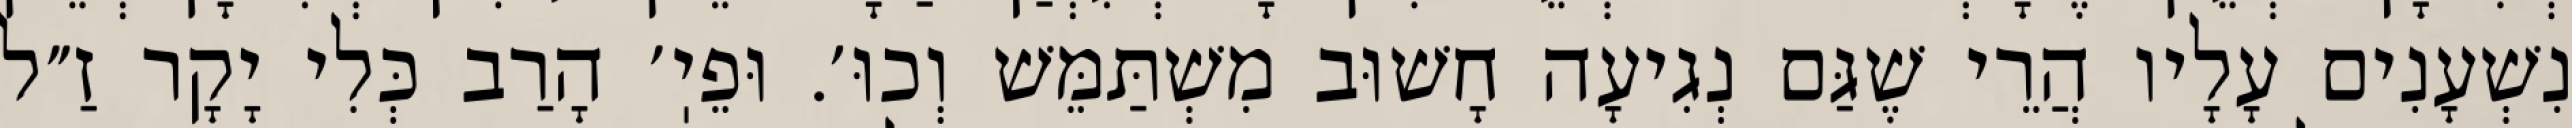
נִשְׁעָנִים עָלָיו הֲרֵי שֶׁגַּם נְגִיעָה חָשׁוּב מִשְׁתַּמֵּשׁ וְכוּ׳. וּפֵיֽ׳ הָרַב כְּלִי יָקָר זַ״ל